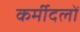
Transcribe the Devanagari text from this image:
कर्मीदलों